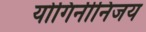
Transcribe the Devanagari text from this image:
योगिनीनिजय